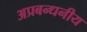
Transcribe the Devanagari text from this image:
अप्रबन्धनीय